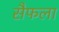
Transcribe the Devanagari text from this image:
सैफला